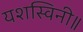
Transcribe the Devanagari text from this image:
यशस्विनी॥